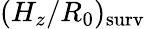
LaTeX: (H_{z}/R_{0})_{\mathrm{surv}}